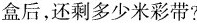
盒后，还剩多少米彩带?